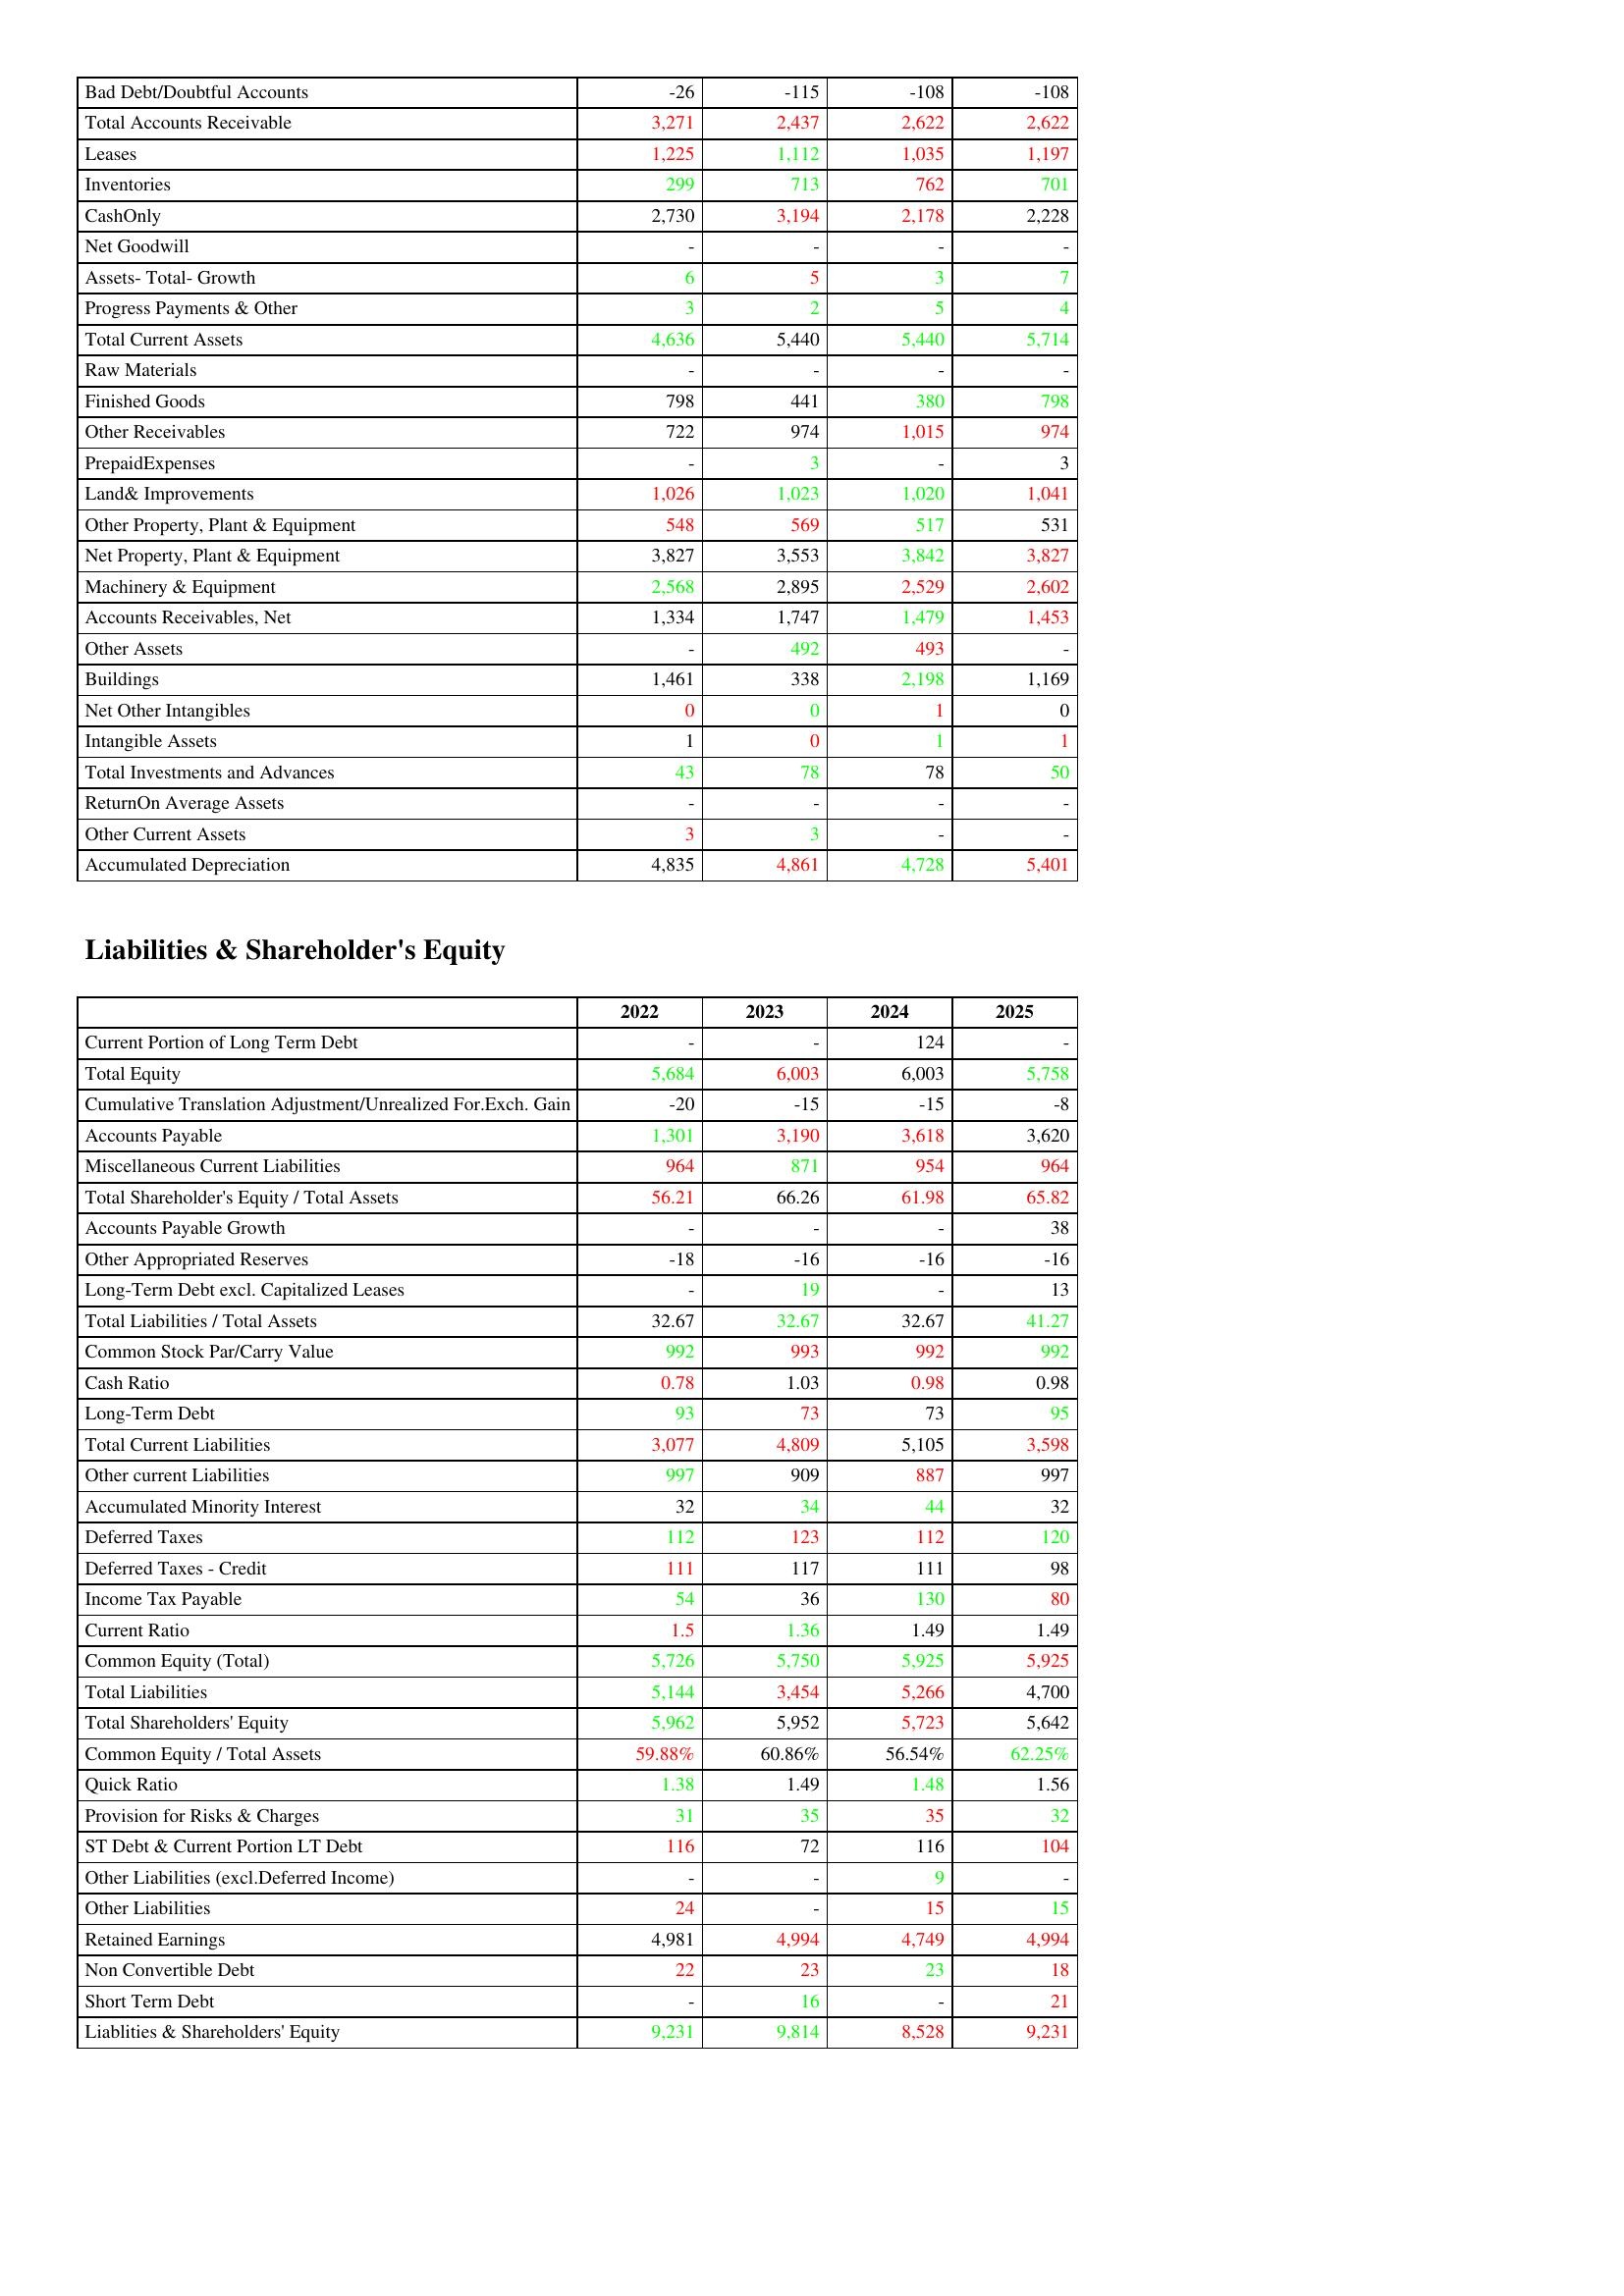
gt_parse: 2022: Assets: Bad Debt/Doubtful Accounts: -26
Total Accounts Receivable: 3,271
Leases: 1,225
Inventories: 299
CashOnly: 2,730
Net Goodwill: -
Assets- Total- Growth: 6
Progress Payments & Other: 3
Total Current Assets: 4,636
Raw Materials: -
Finished Goods: 798
Other Receivables: 722
PrepaidExpenses: -
Land& Improvements: 1,026
Other Property, Plant & Equipment: 548
Net Property, Plant & Equipment: 3,827
Machinery & Equipment: 2,568
Accounts Receivables, Net: 1,334
Other Assets: -
Buildings: 1,461
Net Other Intangibles: 0
Intangible Assets: 1
Total Investments and Advances: 43
ReturnOn Average Assets: -
Other Current Assets: 3
Accumulated Depreciation: 4,835
Liabilities & Shareholder's Equity: Current Portion of Long Term Debt: -
Total Equity: 5,684
Cumulative Translation Adjustment/Unrealized For.Exch. Gain: -20
Accounts Payable: 1,301
Miscellaneous Current Liabilities: 964
Total Shareholder's Equity / Total Assets: 56.21
Accounts Payable Growth: -
Other Appropriated Reserves: -18
Long-Term Debt excl. Capitalized Leases: -
Total Liabilities / Total Assets: 32.67
Common Stock Par/Carry Value: 992
Cash Ratio: 0.78
Long-Term Debt: 93
Total Current Liabilities: 3,077
Other current Liabilities: 997
Accumulated Minority Interest: 32
Deferred Taxes: 112
Deferred Taxes - Credit: 111
Income Tax Payable: 54
Current Ratio: 1.5
Common Equity (Total): 5,726
Total Liabilities: 5,144
Total Shareholders' Equity: 5,962
Common Equity / Total Assets: 59.88%
Quick Ratio: 1.38
Provision for Risks & Charges: 31
ST Debt & Current Portion LT Debt: 116
Other Liabilities (excl.Deferred Income): -
Other Liabilities: 24
Retained Earnings: 4,981
Non Convertible Debt: 22
Short Term Debt: -
Liablities & Shareholders' Equity: 9,231
2023: Assets: Bad Debt/Doubtful Accounts: -115
Total Accounts Receivable: 2,437
Leases: 1,112
Inventories: 713
CashOnly: 3,194
Net Goodwill: -
Assets- Total- Growth: 5
Progress Payments & Other: 2
Total Current Assets: 5,440
Raw Materials: -
Finished Goods: 441
Other Receivables: 974
PrepaidExpenses: 3
Land& Improvements: 1,023
Other Property, Plant & Equipment: 569
Net Property, Plant & Equipment: 3,553
Machinery & Equipment: 2,895
Accounts Receivables, Net: 1,747
Other Assets: 492
Buildings: 338
Net Other Intangibles: 0
Intangible Assets: 0
Total Investments and Advances: 78
ReturnOn Average Assets: -
Other Current Assets: 3
Accumulated Depreciation: 4,861
Liabilities & Shareholder's Equity: Current Portion of Long Term Debt: -
Total Equity: 6,003
Cumulative Translation Adjustment/Unrealized For.Exch. Gain: -15
Accounts Payable: 3,190
Miscellaneous Current Liabilities: 871
Total Shareholder's Equity / Total Assets: 66.26
Accounts Payable Growth: -
Other Appropriated Reserves: -16
Long-Term Debt excl. Capitalized Leases: 19
Total Liabilities / Total Assets: 32.67
Common Stock Par/Carry Value: 993
Cash Ratio: 1.03
Long-Term Debt: 73
Total Current Liabilities: 4,809
Other current Liabilities: 909
Accumulated Minority Interest: 34
Deferred Taxes: 123
Deferred Taxes - Credit: 117
Income Tax Payable: 36
Current Ratio: 1.36
Common Equity (Total): 5,750
Total Liabilities: 3,454
Total Shareholders' Equity: 5,952
Common Equity / Total Assets: 60.86%
Quick Ratio: 1.49
Provision for Risks & Charges: 35
ST Debt & Current Portion LT Debt: 72
Other Liabilities (excl.Deferred Income): -
Other Liabilities: -
Retained Earnings: 4,994
Non Convertible Debt: 23
Short Term Debt: 16
Liablities & Shareholders' Equity: 9,814
2024: Assets: Bad Debt/Doubtful Accounts: -108
Total Accounts Receivable: 2,622
Leases: 1,035
Inventories: 762
CashOnly: 2,178
Net Goodwill: -
Assets- Total- Growth: 3
Progress Payments & Other: 5
Total Current Assets: 5,440
Raw Materials: -
Finished Goods: 380
Other Receivables: 1,015
PrepaidExpenses: -
Land& Improvements: 1,020
Other Property, Plant & Equipment: 517
Net Property, Plant & Equipment: 3,842
Machinery & Equipment: 2,529
Accounts Receivables, Net: 1,479
Other Assets: 493
Buildings: 2,198
Net Other Intangibles: 1
Intangible Assets: 1
Total Investments and Advances: 78
ReturnOn Average Assets: -
Other Current Assets: -
Accumulated Depreciation: 4,728
Liabilities & Shareholder's Equity: Current Portion of Long Term Debt: 124
Total Equity: 6,003
Cumulative Translation Adjustment/Unrealized For.Exch. Gain: -15
Accounts Payable: 3,618
Miscellaneous Current Liabilities: 954
Total Shareholder's Equity / Total Assets: 61.98
Accounts Payable Growth: -
Other Appropriated Reserves: -16
Long-Term Debt excl. Capitalized Leases: -
Total Liabilities / Total Assets: 32.67
Common Stock Par/Carry Value: 992
Cash Ratio: 0.98
Long-Term Debt: 73
Total Current Liabilities: 5,105
Other current Liabilities: 887
Accumulated Minority Interest: 44
Deferred Taxes: 112
Deferred Taxes - Credit: 111
Income Tax Payable: 130
Current Ratio: 1.49
Common Equity (Total): 5,925
Total Liabilities: 5,266
Total Shareholders' Equity: 5,723
Common Equity / Total Assets: 56.54%
Quick Ratio: 1.48
Provision for Risks & Charges: 35
ST Debt & Current Portion LT Debt: 116
Other Liabilities (excl.Deferred Income): 9
Other Liabilities: 15
Retained Earnings: 4,749
Non Convertible Debt: 23
Short Term Debt: -
Liablities & Shareholders' Equity: 8,528
2025: Assets: Bad Debt/Doubtful Accounts: -108
Total Accounts Receivable: 2,622
Leases: 1,197
Inventories: 701
CashOnly: 2,228
Net Goodwill: -
Assets- Total- Growth: 7
Progress Payments & Other: 4
Total Current Assets: 5,714
Raw Materials: -
Finished Goods: 798
Other Receivables: 974
PrepaidExpenses: 3
Land& Improvements: 1,041
Other Property, Plant & Equipment: 531
Net Property, Plant & Equipment: 3,827
Machinery & Equipment: 2,602
Accounts Receivables, Net: 1,453
Other Assets: -
Buildings: 1,169
Net Other Intangibles: 0
Intangible Assets: 1
Total Investments and Advances: 50
ReturnOn Average Assets: -
Other Current Assets: -
Accumulated Depreciation: 5,401
Liabilities & Shareholder's Equity: Current Portion of Long Term Debt: -
Total Equity: 5,758
Cumulative Translation Adjustment/Unrealized For.Exch. Gain: -8
Accounts Payable: 3,620
Miscellaneous Current Liabilities: 964
Total Shareholder's Equity / Total Assets: 65.82
Accounts Payable Growth: 38
Other Appropriated Reserves: -16
Long-Term Debt excl. Capitalized Leases: 13
Total Liabilities / Total Assets: 41.27
Common Stock Par/Carry Value: 992
Cash Ratio: 0.98
Long-Term Debt: 95
Total Current Liabilities: 3,598
Other current Liabilities: 997
Accumulated Minority Interest: 32
Deferred Taxes: 120
Deferred Taxes - Credit: 98
Income Tax Payable: 80
Current Ratio: 1.49
Common Equity (Total): 5,925
Total Liabilities: 4,700
Total Shareholders' Equity: 5,642
Common Equity / Total Assets: 62.25%
Quick Ratio: 1.56
Provision for Risks & Charges: 32
ST Debt & Current Portion LT Debt: 104
Other Liabilities (excl.Deferred Income): -
Other Liabilities: 15
Retained Earnings: 4,994
Non Convertible Debt: 18
Short Term Debt: 21
Liablities & Shareholders' Equity: 9,231